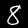
Label: 8